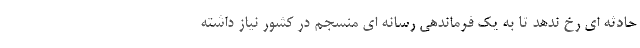
حادثه ای رخ ندهد تا به یک فرماندهی رسانه ای منسجم در کشور نیاز داشته